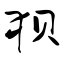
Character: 狈